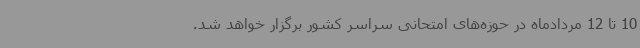
10 تا 12 مردادماه در حوزه‌های امتحانی سراسر کشور برگزار خواهد شد.